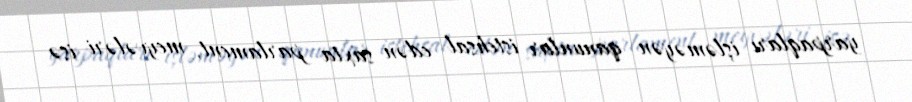
yarpaqları işləməyən qanunlar istehsal edən saxta parlament, meyvələri isə